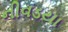
નીવડયા